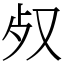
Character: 𣦼